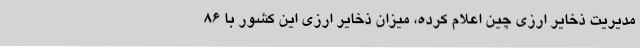
مدیریت ذخایر ارزی چین اعلام کرده، میزان ذخایر ارزی این کشور با 86